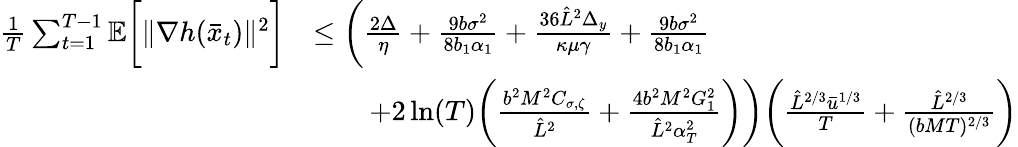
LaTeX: \begin{array}{rl}{\frac{1}{T}\sum_{t=1}^{T-1}\mathbb{E}\bigg[\| \nabla h(\bar{x}_{t})\| ^{2}\bigg]}&{\leq\bigg(\frac{2\Delta}{\eta}+\frac{9b\sigma^{2}}{8b_{1}\alpha_{1}}+\frac{36\hat{L}^{2}\Delta_{y}}{\kappa\mu\gamma}+\frac{9b\sigma^{2}}{8b_{1}\alpha_{1}}}\\ &{\qquad+2\ln(T)\bigg(\frac{b^{2}M^{2}C_{\sigma,\zeta}}{\hat{L}^{2}}+\frac{4b^{2}M^{2}G_{1}^{2}}{\hat{L}^{2}\alpha_{T}^{2}}\bigg)\bigg)\bigg(\frac{\hat{L}^{2/3}\bar{u}^{1/3}}{T}+\frac{\hat{L}^{2/3}}{(bMT)^{2/3}}\bigg)}\end{array}